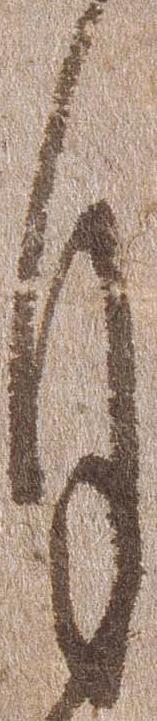
月